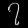
Digit: ၇